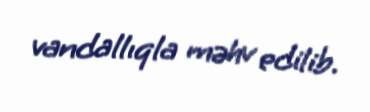
vandallıqla məhv edilib.